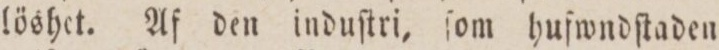
löshet. Af den induſtri, ſom hufwndſtaden